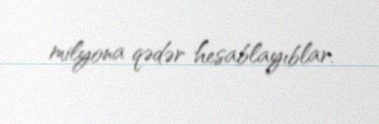
milyona qədər hesablayıblar.